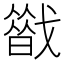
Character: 𢨈